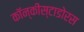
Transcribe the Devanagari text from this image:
कॉन्कीस्टाडोरस